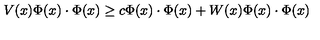
V ( x ) \Phi ( x ) \cdot \Phi ( x ) \geq c \Phi ( x ) \cdot \Phi ( x ) + W ( x ) \Phi ( x ) \cdot \Phi ( x )